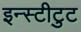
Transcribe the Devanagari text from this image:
इन्स्टीटुट